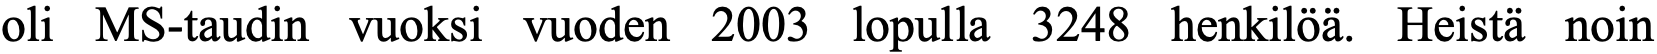
oli MS-taudin vuoksi vuoden 2003 lopulla 3248 henkilöä. Heistä noin